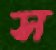
স